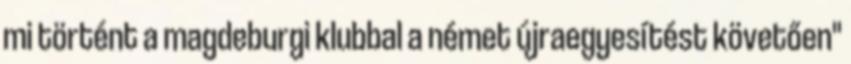
mi történt a magdeburgi klubbal a német újraegyesítést követően"